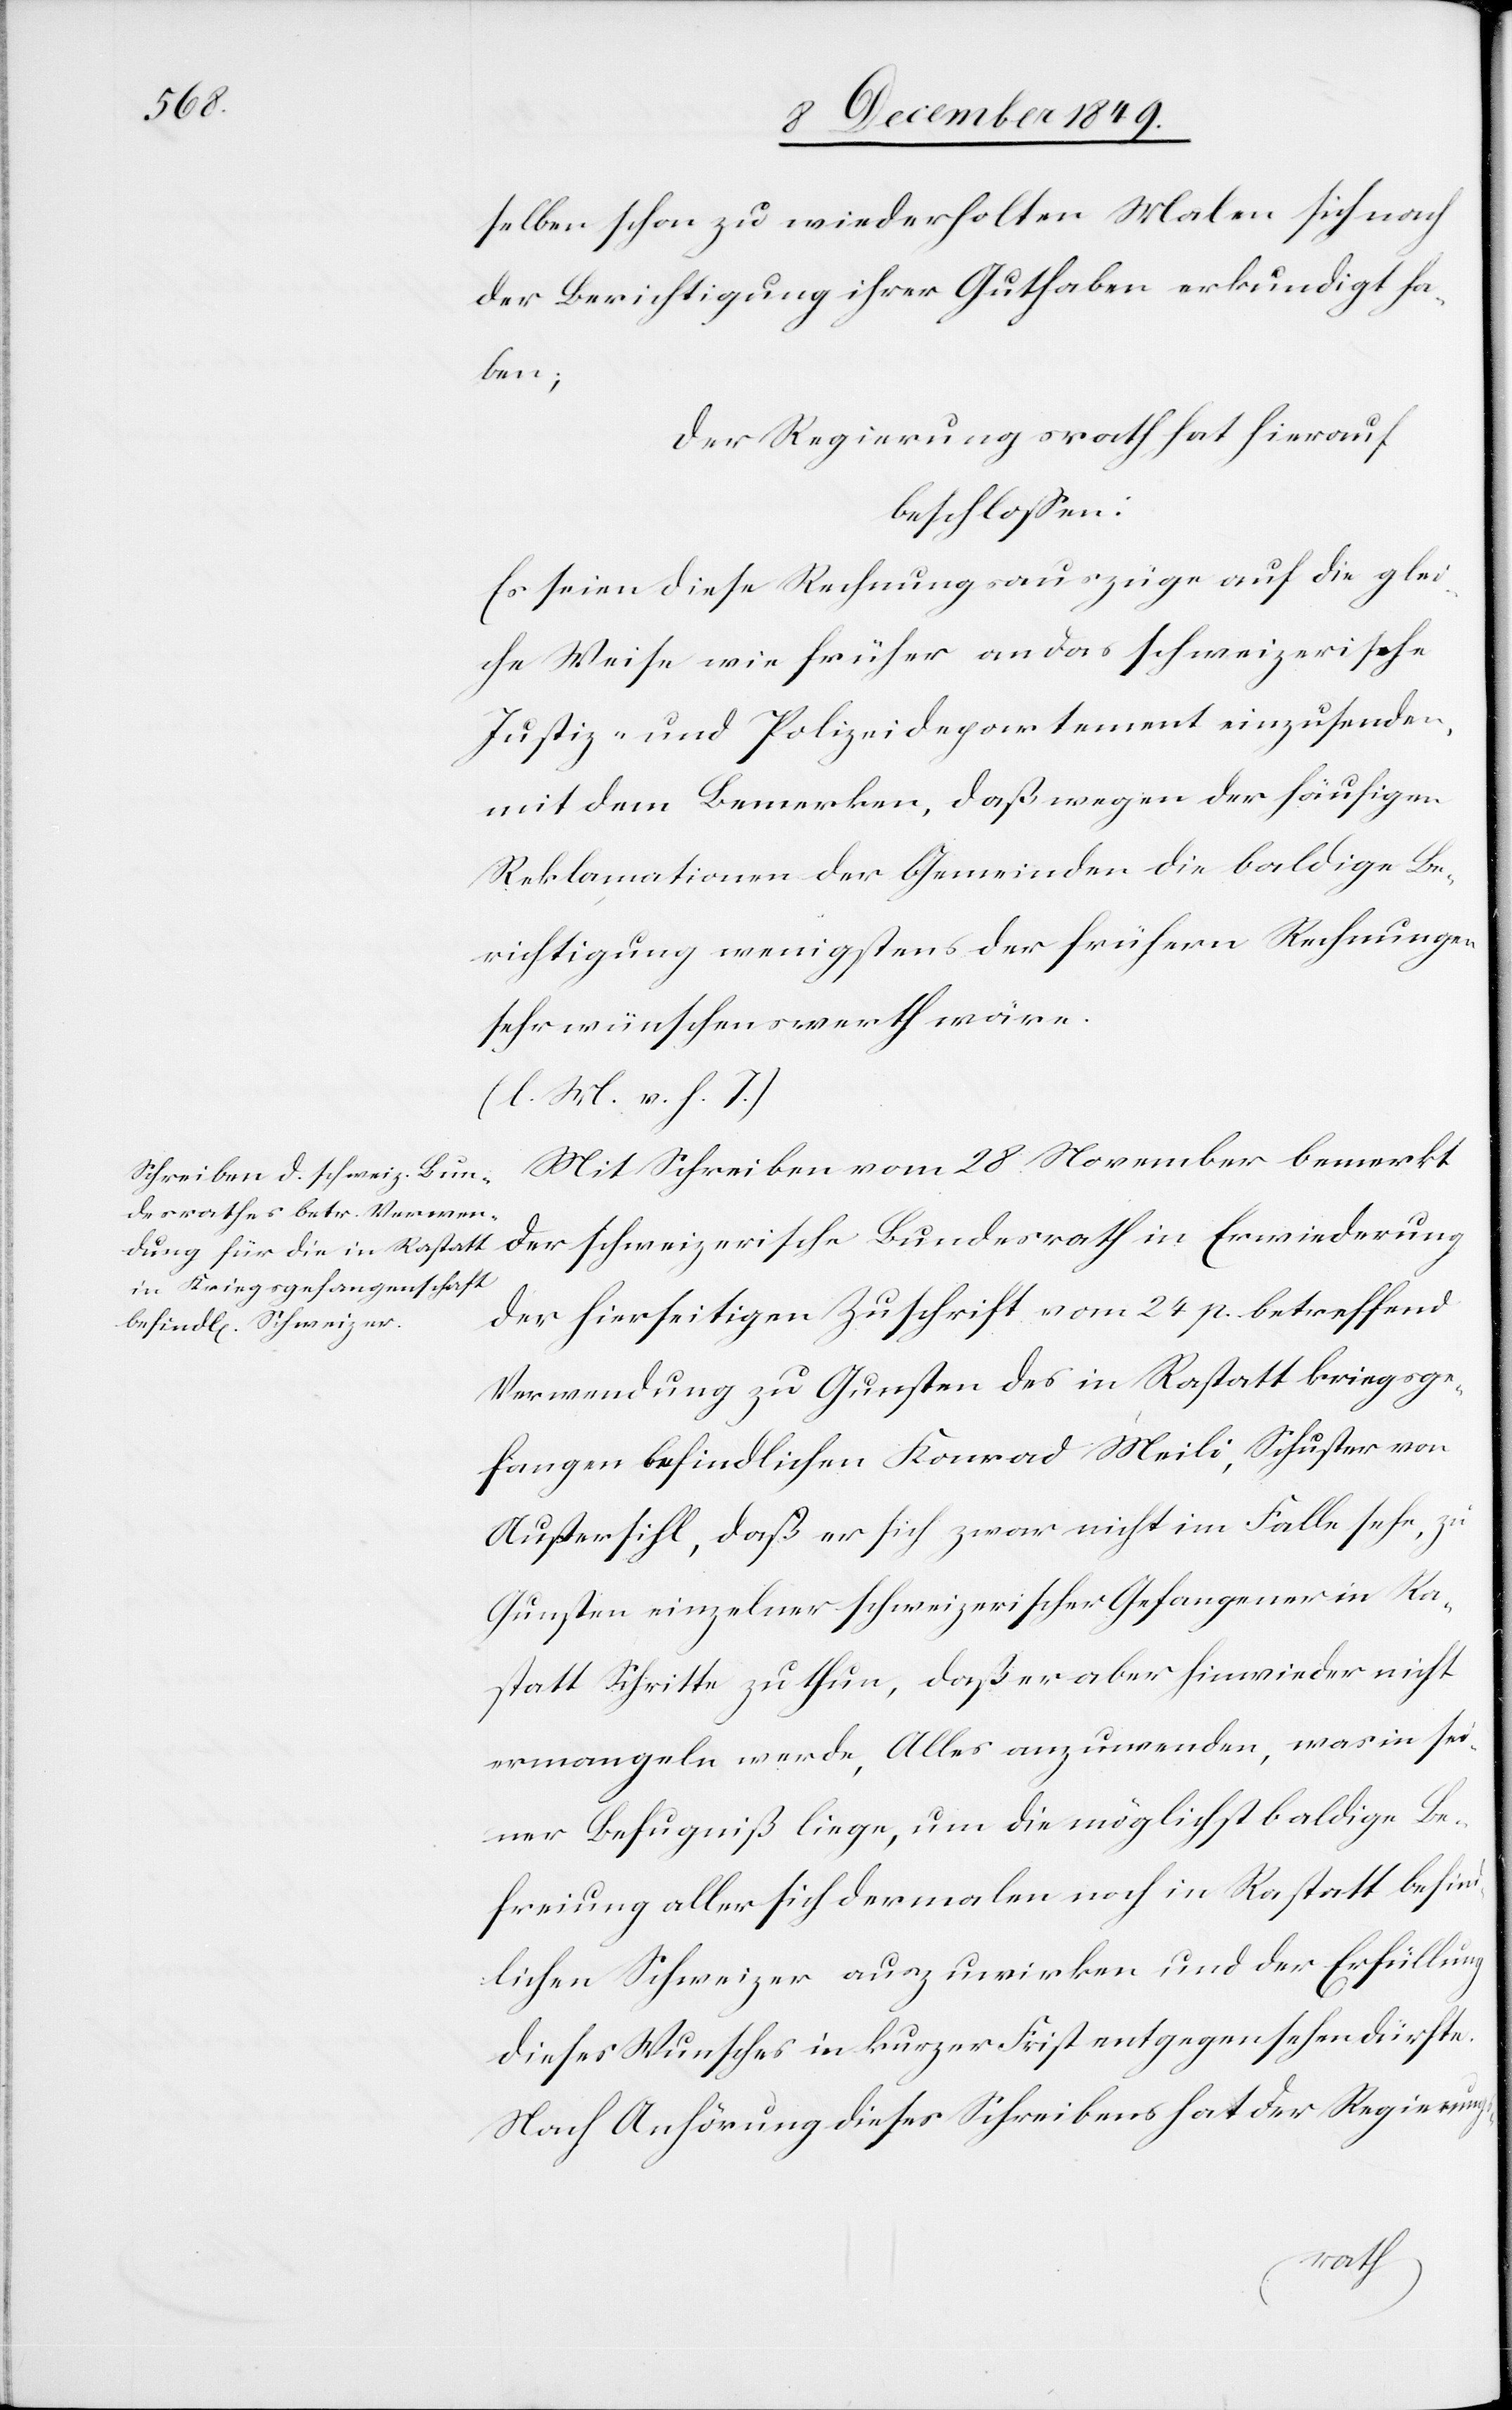
selben schon zu wiederholten Malen sich nach
der Berichtigung ihrer Guthaben erkundigt ha¬
ben;
Der Regierungsrath hat hierauf
beschloßen:
Es seien diese Rechnungsauszüge auf die glei¬
che Weise wie früher an das schweizerische
Justiz- und Polizeidepartement einzusenden,
mit dem Bemerken, daß wegen der häufigen
Reklamationen der Gemeinden die baldige Be¬
richtigung wenigstens der frühern Rechnungen
sehr wünschenswerth wäre.
[l. M. v. h. T]
Mit Schreiben vom 28 November bemerkt
der schweizerische Bundesrath in Erwiederung
der hierseitigen Zuschrift vom 24 p. betreffend
Verwendung zu Gunsten des in Rastatt kriegsge¬
fangen befindlichen Konrad Meili, Schuster von
Außersihl, daß er sich zwar nicht im Falle sehe, zu
Gunsten einzelner schweizerischer Gefangener in Ra¬
statt Schritte zu thun, daß er aber hinwieder nicht
ermangeln werde, Alles anzuwenden, was in sei¬
ner Befugniß liege, um die möglichst baldige Be¬
freiung aller sich dermalen noch in Rastatt befind¬
lichen Schweizer auszuwirken und der Erfüllung
dieses Wunsches in kurzer Frist entgegensehen dürfte.
Nach Anhörung dieses Schreibens hat der Regierungs-